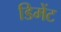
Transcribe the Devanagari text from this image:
डिमेंट